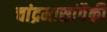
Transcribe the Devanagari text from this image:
चांद्रमासांपैकी